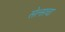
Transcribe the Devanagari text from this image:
सेल्सचा